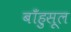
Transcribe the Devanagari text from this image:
बाँहुसूल